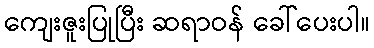
ကျေးဇူးပြုပြီး ဆရာဝန် ခေါ်ပေးပါ။